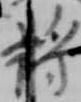
将